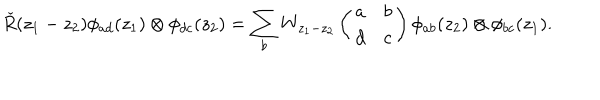
\check { R } ( z _ { 1 } - z _ { 2 } ) \phi _ { a d } ( z _ { 1 } ) \otimes \phi _ { d c } ( z _ { 2 } ) = \sum _ { b } W _ { z _ { 1 } - z _ { 2 } } \left( \begin{array} { c c } { { a } } & { { b } } \\ { { d } } & { { c } } \\ \end{array} \right) \phi _ { a b } ( z _ { 2 } ) \otimes \phi _ { b c } ( z _ { 1 } ) .